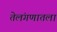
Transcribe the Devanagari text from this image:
तेलंगणातला